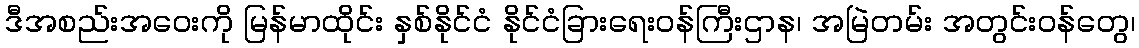
ဒီအစည်းအဝေးကို မြန်မာထိုင်း နှစ်နိုင်ငံ နိုင်ငံခြားရေးဝန်ကြီးဌာန၊ အမြဲတမ်း အတွင်းဝန်တွေ၊